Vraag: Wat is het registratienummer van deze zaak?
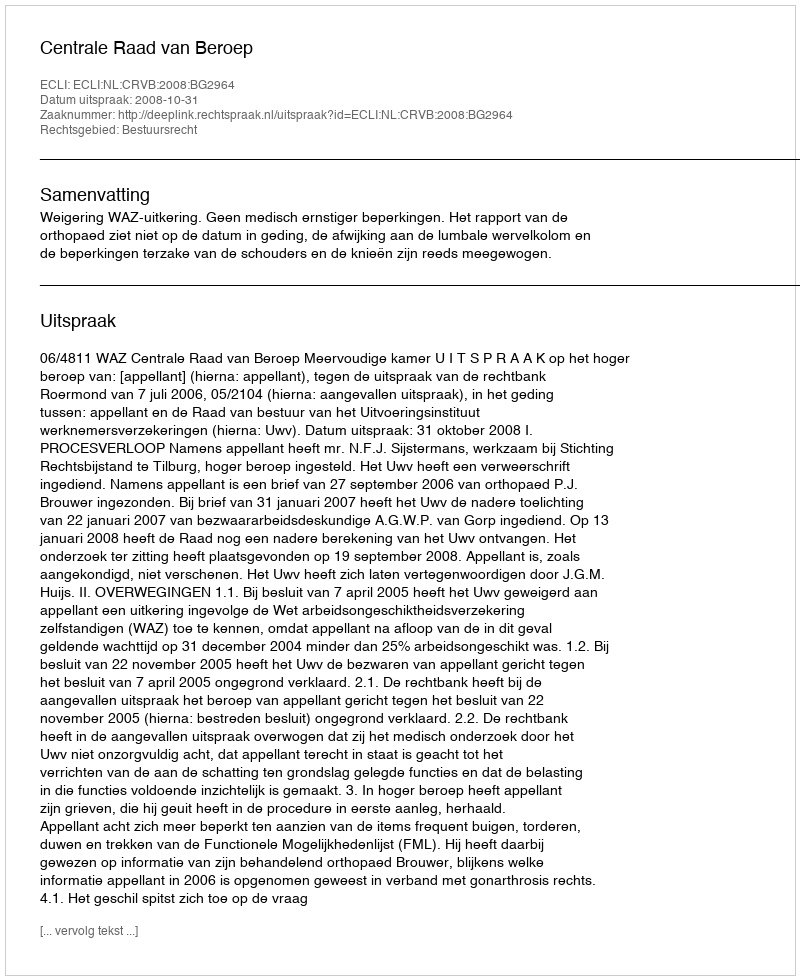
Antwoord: http://deeplink.rechtspraak.nl/uitspraak?id=ECLI:NL:CRVB:2008:BG2964